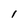
Character: 1